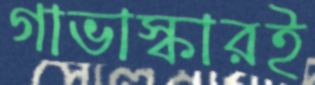
গাভাস্কারই